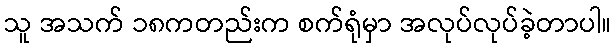
သူ အသက် ၁၈ကတည်းက စက်ရုံမှာ အလုပ်လုပ်ခဲ့တာပါ။